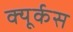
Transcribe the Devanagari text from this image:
क्यूर्कस